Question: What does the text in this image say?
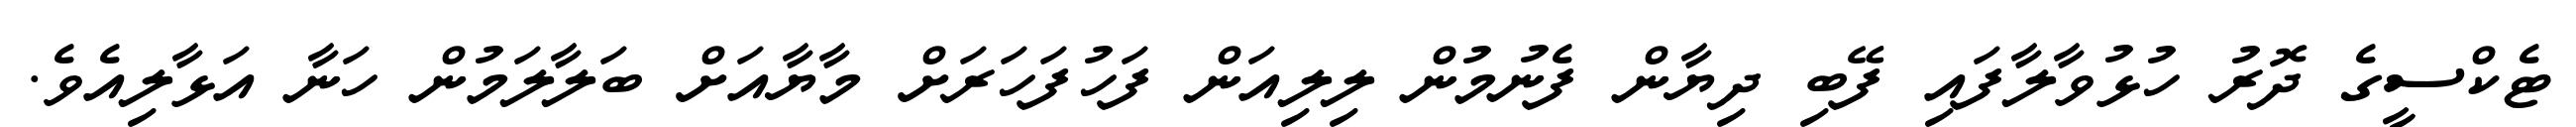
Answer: ޓެކްސީގެ ދޮރު ހުޅުވާލާފައި ފޭބި ދިޔާން ފެނުމުން ލިލިއަން ފަހުފަހަރަށް މާޔާއަށް ބަލާލަމުން ހަނާ އަޅާލިއެވެ.